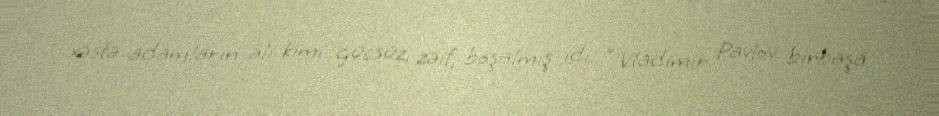
xəstə adamların əli kimi gücsüz, zəif, boşalmış idi...” Vladimir Pavlov birbaşa